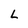
Character: L